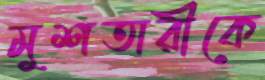
মুশতারীকে